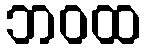
ဘဝထ